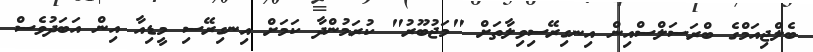
ބެލްޖިއަމްގެ ބްރަސަލްސްއިން އިނގިރޭސިވިލާތަށް "މަޖުބޫރު" ކުރަމުންދާ ކަމަށް އިނގިރޭސި މީޑިއާ އިން އަަބަދުވެސް